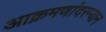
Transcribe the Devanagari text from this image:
आक्रमणांदरम्यान